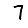
Digit: 7